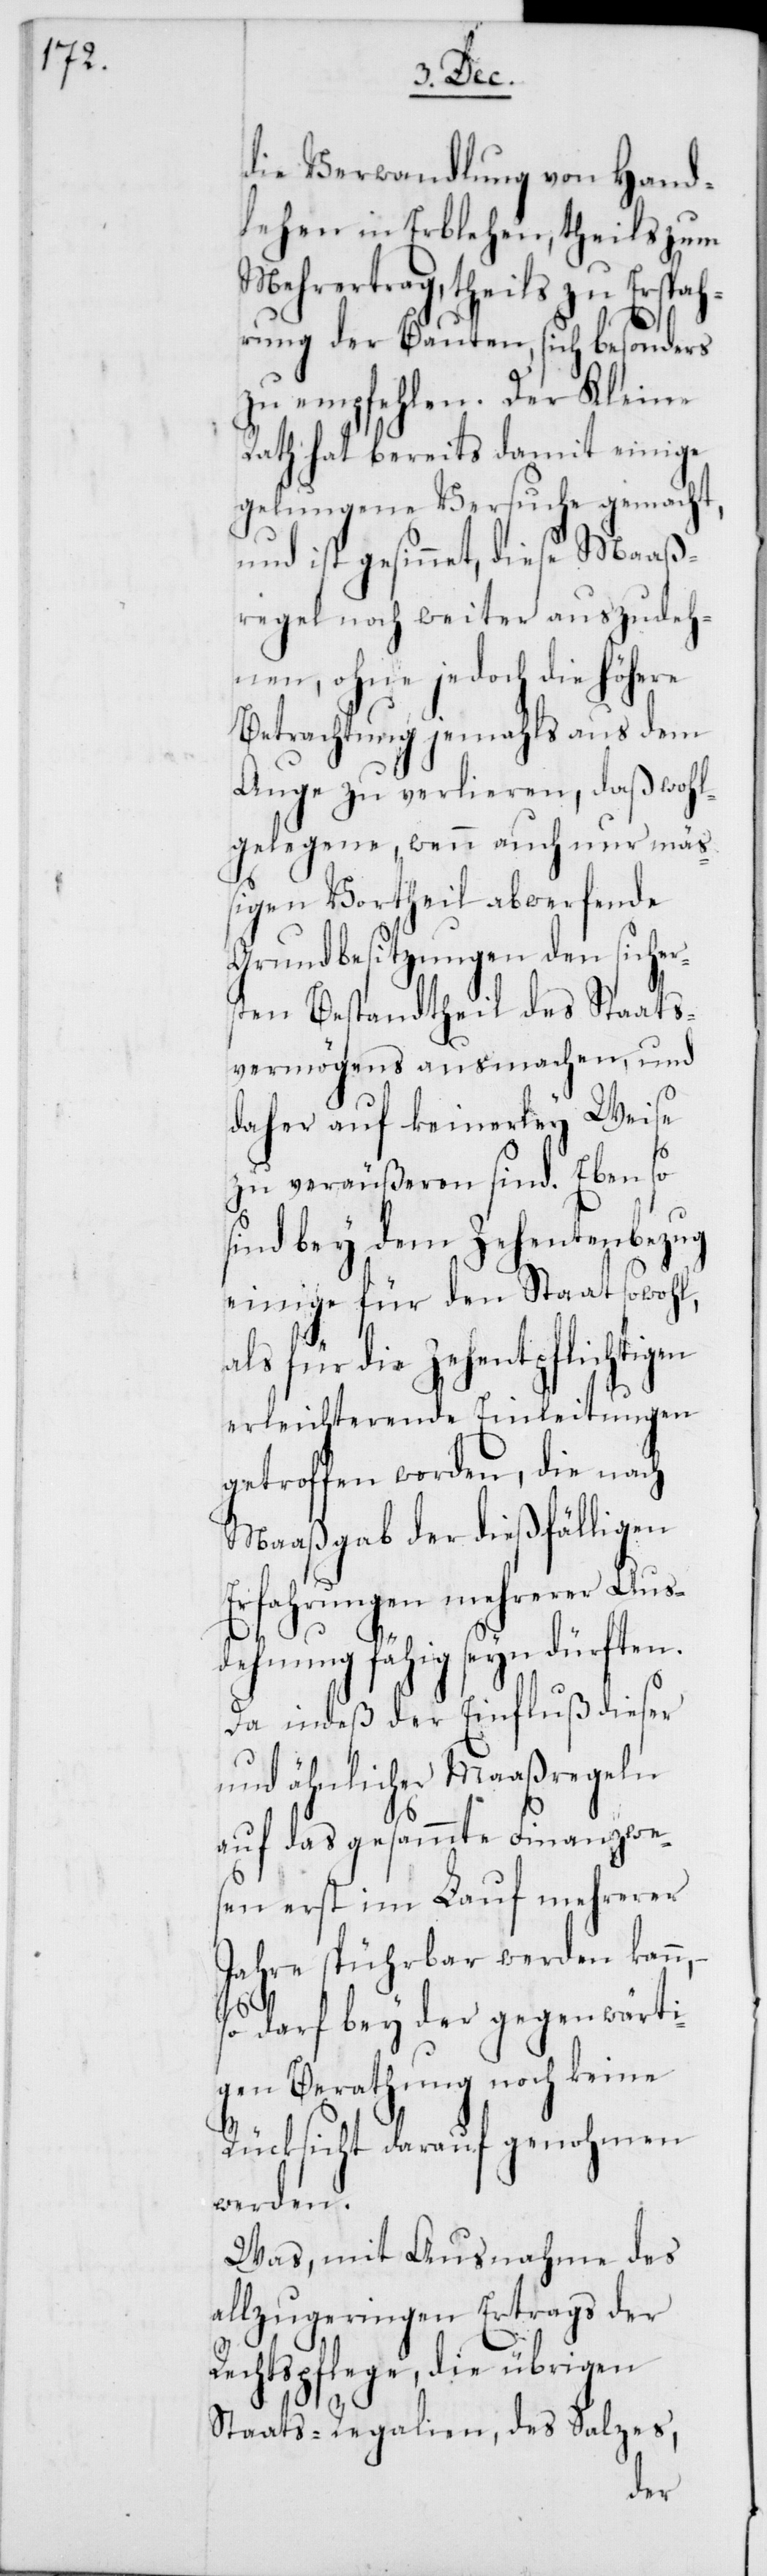
die Verwandlung von Hand¬
lehen in Erblehen, theils zum
Mehrertrag, theils zu Erspah¬
rung der Bauten, sich besonders
zu empfehlen. Der Kleine
Rath hat bereits damit einige
gelungene Versuche gemacht,
und ist gesinnet, diese Maaß¬
regel noch weiter auszudeh¬
nen, ohne jedoch die höhere
Betrachtung jemahls aus dem
Auge zu verlieren, daß wohl¬
gelegene, wenn auch nur mäß¬
igen Vortheil abwerfende
Grundbesitzungen den sicher¬
sten Bestandtheil des Staats¬
vermögens ausmachen, und
daher auf keinerley Weise
zu veräußeren sind. Eben so
sind bey dem Zehentenbezug
einige für den Staat sowohl,
als für die Zehentpflichtig¬
erleichterende Einleitungen
getroffen worden, die nach
Maaßgabe der dießfälligen
Erfahrungen mehrerer Aus¬
dehnung fähig seyn dürften.
Da indeß der Einfluß dieser
und ähnlicher Maaßregeln
auf das gesammte Finanzwe¬
sen erst im Lauf mehrerer
Jahre spührbar werden kann,
so darf bey der gegenwärti¬
gen Berathung noch keine
Rücksicht darauf genohmen
werden.
Was, mit Ausnahme des
allzugeringen Ertrags der
Rechtspflege, die übrigen
Staats-Regalien, des Salzes,
en